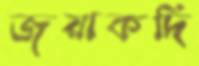
জয়াকদি